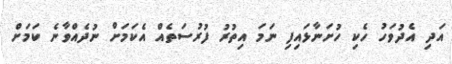
އަދި އެދުވަހު ހެކި ހުށަނާޅައިފި ނަމަ އިތުރު ފުރުސަތެއް އެކަމަށް ނުދެއްވާނެ ކަމަށް